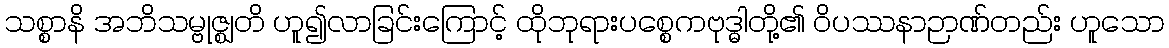
သစ္စာနိ အဘိသမ္ဗုဇ္ဈတိ ဟူ၍လာခြင်းကြောင့် ထိုဘုရားပစ္စေကဗုဒ္ဓါတို့၏ ဝိပဿနာဉာဏ်တည်း ဟူသော